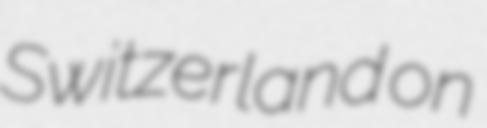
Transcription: Switzerland on